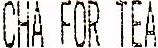
CHA FOR TEA